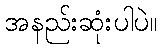
အနည်းဆုံးပါပဲ။